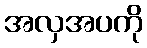
အလှအပကို